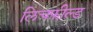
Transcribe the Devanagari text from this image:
लिचफ़ील्ड